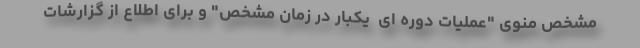
مشخص منوی "عملیات دوره ای  یکبار در زمان مشخص" و برای اطلاع از گزارشات